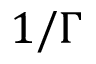
1 / \Gamma